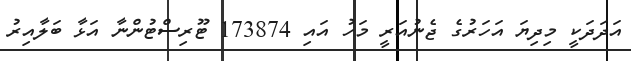
އަދަދަކީ މިދިޔަ އަހަރުގެ ޖެނުއަރީ މަހު އައި 173874 ޓޫރިސްޓުންނާ އަޅާ ބަލާއިރު